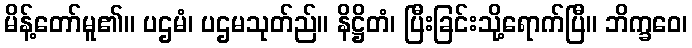
မိန့်တော်မူ၏။ ပဌမံ၊ ပဌမသုတ်ည်။ နိဋ္ဌိတံ၊ ပြီးခြင်းသို့ရောက်ပြီ။ ဘိက္ခဝေ၊